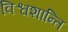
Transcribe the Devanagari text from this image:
विश्वशान्ति